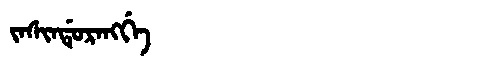
Manchu: ᠵᠠᠰᡳᠨᡩᡠᡵᠠᠩᡤᡝ
Romanization: JASINDURANGGE